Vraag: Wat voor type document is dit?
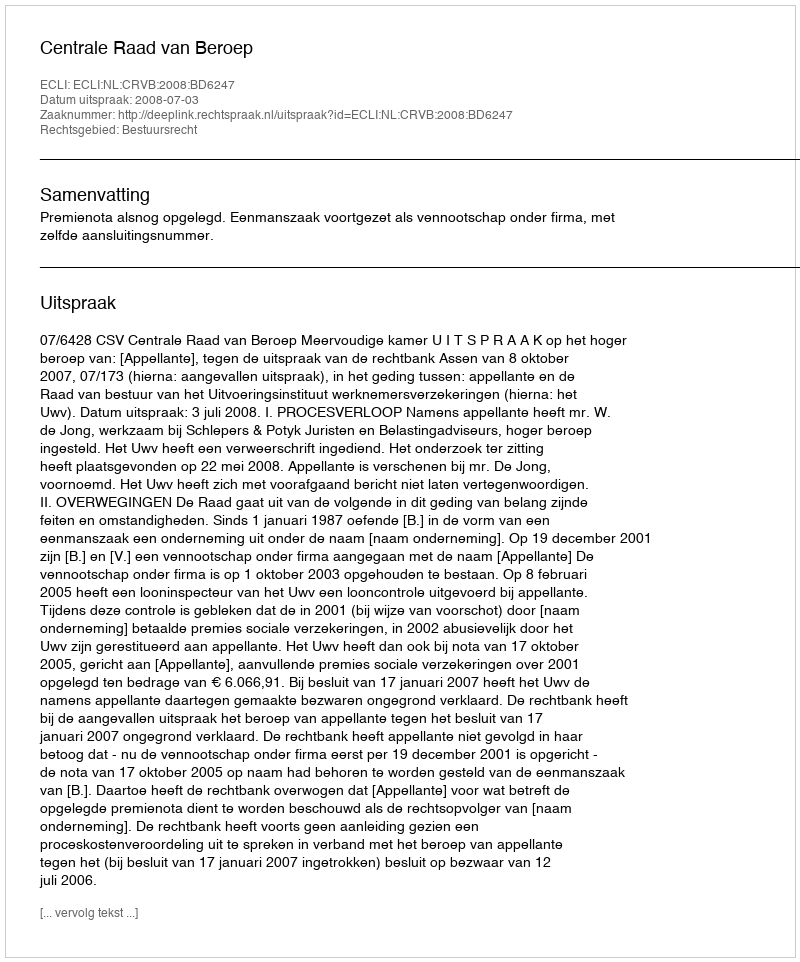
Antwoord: Uitspraak